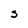
Character: S